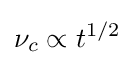
\nu _{c}\propto t^{1/2}